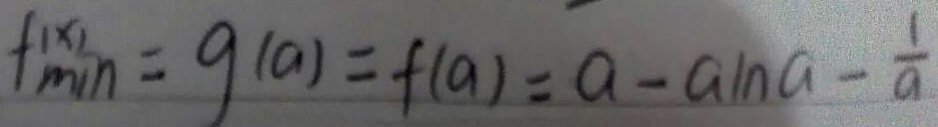
f ^ { ( x ) } _ { \min } = g ( a ) = f ( a ) = a - a \ln a - \frac { 1 } { a }